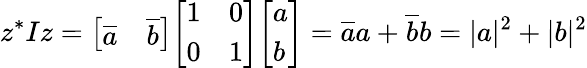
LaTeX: z^{*}Iz={\left[\begin{array}{ll}{{\overline{{a}}}}&{{\overline{{b}}}}\end{array}\right]}{\left[\begin{array}{ll}{1}&{0}\\ {0}&{1}\end{array}\right]}{\left[\begin{array}{l}{a}\\ {b}\end{array}\right]}={\overline{{a}}}a+{\overline{{b}}}b=|a|^{2}+|b|^{2}